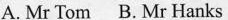
A. Mr Tom B. Mr Hanks